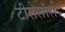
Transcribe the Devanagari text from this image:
टीरोसॉर्स